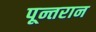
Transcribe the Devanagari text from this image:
पून्तरान